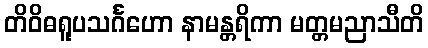
တိဝိဓရူပသင်္ဂဟော နာမန္တရိကာ မတ္တမညာသီတိ